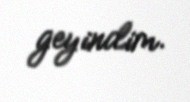
geyindim.